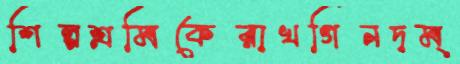
শিল্পশ্রমিকেরাখগিনদম্